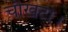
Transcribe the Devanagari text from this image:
चौखटा।